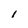
Character: i